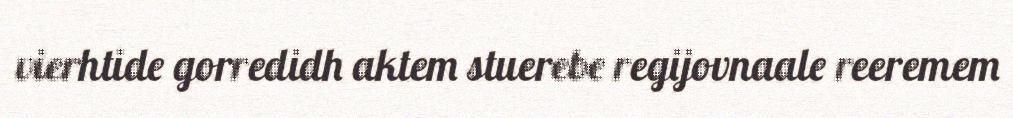
vierhtide gorredidh aktem stuerebe regijovnaale reeremem